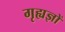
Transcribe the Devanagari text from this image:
गृह्यज्ञों